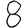
Digit: 8